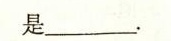
是___。